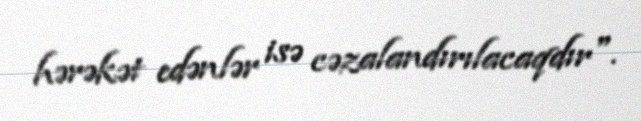
hərəkət edənlər isə cəzalandırılacaqdır".